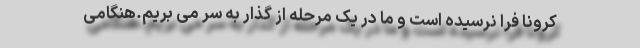
کرونا فرا نرسیده است و ما در یک مرحله از گذار به سر می بریم.هنگامی